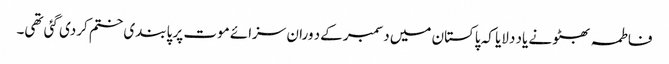
فاطمہ بھٹو نے یاد دلایا کہ پاکستان میں دسمبر کےد وران سزائے موت پر پابندی ختم کردی گئی تھی۔